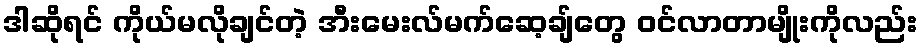
ဒါဆိုရင် ကိုယ်မလိုချင်တဲ့ အီးမေးလ်မက်ဆေ့ချ်တွေ ဝင်လာတာမျိုးကိုလည်း